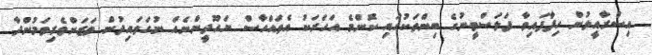
އިސްރާއީލުން ހިފާފައިވާ ފަލަސްތީނުގެ ބިންތަކުގައި ކޮންމެ އަހަރަކު އެތައްހާސް ޔަހޫދީންނެއް ނުގަވައިދުން ވަޒަންވެރިވަމުންދާ